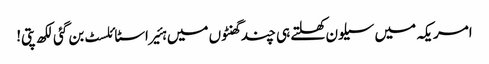
امریکہ میں سیلون کھلتے ہی چند گھنٹوں میں ہئیر اسٹائلسٹ بن گئی لکھ پتی!